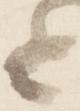
と